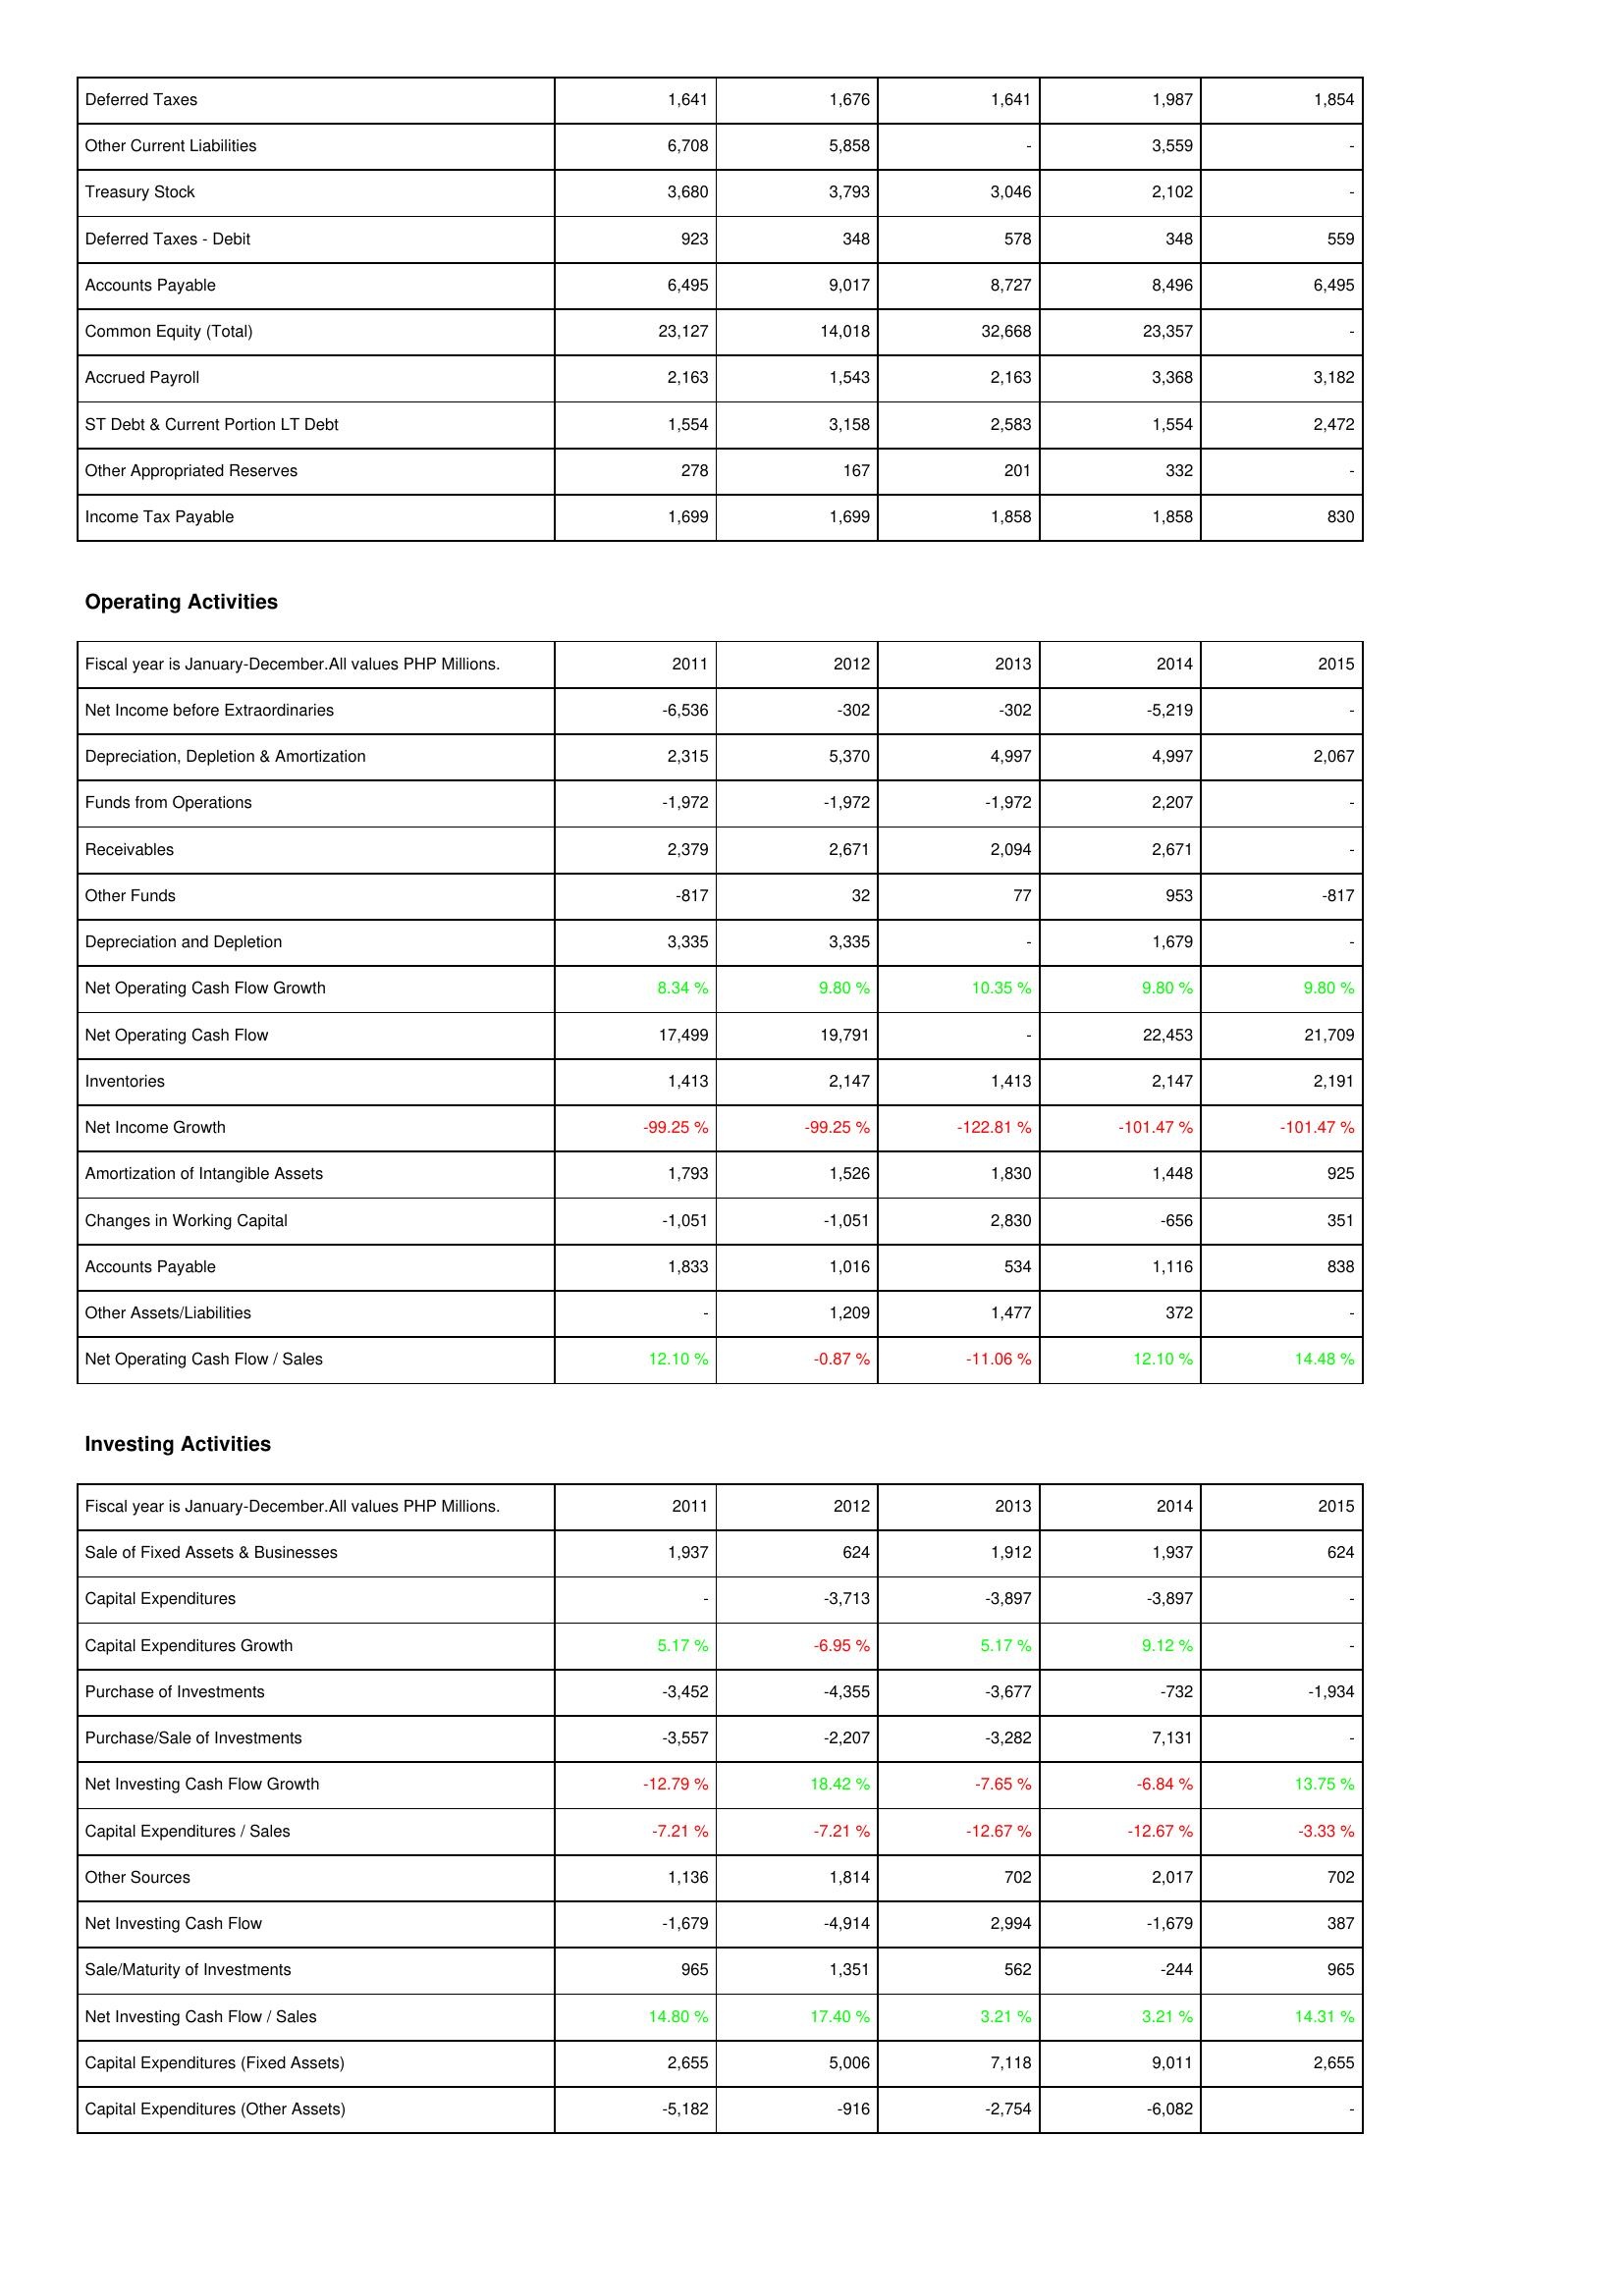
2011: Liabilities & Shareholders' Equity: Deferred Taxes: 1,641
Other Current Liabilities: 6,708
Treasury Stock: 3,680
Deferred Taxes - Debit: 923
Accounts Payable: 6,495
Common Equity (Total): 23,127
Accrued Payroll: 2,163
ST Debt & Current Portion LT Debt: 1,554
Other Appropriated Reserves: 278
Income Tax Payable: 1,699
Operating Activities: Net Income before Extraordinaries: -6,536
Depreciation, Depletion & Amortization: 2,315
Funds from Operations: -1,972
Receivables: 2,379
Other Funds: -817
Depreciation and Depletion: 3,335
Net Operating Cash Flow Growth: 8.34 %
Net Operating Cash Flow: 17,499
Inventories: 1,413
Net Income Growth: -99.25 %
Amortization of Intangible Assets: 1,793
Changes in Working Capital: -1,051
Accounts Payable: 1,833
Other Assets/Liabilities: -
Net Operating Cash Flow / Sales: 12.10 %
Investing Activities: Sale of Fixed Assets & Businesses: 1,937
Capital Expenditures: -
Capital Expenditures Growth: 5.17 %
Purchase of Investments: -3,452
Purchase/Sale of Investments: -3,557
Net Investing Cash Flow Growth: -12.79 %
Capital Expenditures / Sales: -7.21 %
Other Sources: 1,136
Net Investing Cash Flow: -1,679
Sale/Maturity of Investments: 965
Net Investing Cash Flow / Sales: 14.80 %
Capital Expenditures (Fixed Assets): 2,655
Capital Expenditures (Other Assets): -5,182
2012: Liabilities & Shareholders' Equity: Deferred Taxes: 1,676
Other Current Liabilities: 5,858
Treasury Stock: 3,793
Deferred Taxes - Debit: 348
Accounts Payable: 9,017
Common Equity (Total): 14,018
Accrued Payroll: 1,543
ST Debt & Current Portion LT Debt: 3,158
Other Appropriated Reserves: 167
Income Tax Payable: 1,699
Operating Activities: Net Income before Extraordinaries: -302
Depreciation, Depletion & Amortization: 5,370
Funds from Operations: -1,972
Receivables: 2,671
Other Funds: 32
Depreciation and Depletion: 3,335
Net Operating Cash Flow Growth: 9.80 %
Net Operating Cash Flow: 19,791
Inventories: 2,147
Net Income Growth: -99.25 %
Amortization of Intangible Assets: 1,526
Changes in Working Capital: -1,051
Accounts Payable: 1,016
Other Assets/Liabilities: 1,209
Net Operating Cash Flow / Sales: -0.87 %
Investing Activities: Sale of Fixed Assets & Businesses: 624
Capital Expenditures: -3,713
Capital Expenditures Growth: -6.95 %
Purchase of Investments: -4,355
Purchase/Sale of Investments: -2,207
Net Investing Cash Flow Growth: 18.42 %
Capital Expenditures / Sales: -7.21 %
Other Sources: 1,814
Net Investing Cash Flow: -4,914
Sale/Maturity of Investments: 1,351
Net Investing Cash Flow / Sales: 17.40 %
Capital Expenditures (Fixed Assets): 5,006
Capital Expenditures (Other Assets): -916
2013: Liabilities & Shareholders' Equity: Deferred Taxes: 1,641
Other Current Liabilities: -
Treasury Stock: 3,046
Deferred Taxes - Debit: 578
Accounts Payable: 8,727
Common Equity (Total): 32,668
Accrued Payroll: 2,163
ST Debt & Current Portion LT Debt: 2,583
Other Appropriated Reserves: 201
Income Tax Payable: 1,858
Operating Activities: Net Income before Extraordinaries: -302
Depreciation, Depletion & Amortization: 4,997
Funds from Operations: -1,972
Receivables: 2,094
Other Funds: 77
Depreciation and Depletion: -
Net Operating Cash Flow Growth: 10.35 %
Net Operating Cash Flow: -
Inventories: 1,413
Net Income Growth: -122.81 %
Amortization of Intangible Assets: 1,830
Changes in Working Capital: 2,830
Accounts Payable: 534
Other Assets/Liabilities: 1,477
Net Operating Cash Flow / Sales: -11.06 %
Investing Activities: Sale of Fixed Assets & Businesses: 1,912
Capital Expenditures: -3,897
Capital Expenditures Growth: 5.17 %
Purchase of Investments: -3,677
Purchase/Sale of Investments: -3,282
Net Investing Cash Flow Growth: -7.65 %
Capital Expenditures / Sales: -12.67 %
Other Sources: 702
Net Investing Cash Flow: 2,994
Sale/Maturity of Investments: 562
Net Investing Cash Flow / Sales: 3.21 %
Capital Expenditures (Fixed Assets): 7,118
Capital Expenditures (Other Assets): -2,754
2014: Liabilities & Shareholders' Equity: Deferred Taxes: 1,987
Other Current Liabilities: 3,559
Treasury Stock: 2,102
Deferred Taxes - Debit: 348
Accounts Payable: 8,496
Common Equity (Total): 23,357
Accrued Payroll: 3,368
ST Debt & Current Portion LT Debt: 1,554
Other Appropriated Reserves: 332
Income Tax Payable: 1,858
Operating Activities: Net Income before Extraordinaries: -5,219
Depreciation, Depletion & Amortization: 4,997
Funds from Operations: 2,207
Receivables: 2,671
Other Funds: 953
Depreciation and Depletion: 1,679
Net Operating Cash Flow Growth: 9.80 %
Net Operating Cash Flow: 22,453
Inventories: 2,147
Net Income Growth: -101.47 %
Amortization of Intangible Assets: 1,448
Changes in Working Capital: -656
Accounts Payable: 1,116
Other Assets/Liabilities: 372
Net Operating Cash Flow / Sales: 12.10 %
Investing Activities: Sale of Fixed Assets & Businesses: 1,937
Capital Expenditures: -3,897
Capital Expenditures Growth: 9.12 %
Purchase of Investments: -732
Purchase/Sale of Investments: 7,131
Net Investing Cash Flow Growth: -6.84 %
Capital Expenditures / Sales: -12.67 %
Other Sources: 2,017
Net Investing Cash Flow: -1,679
Sale/Maturity of Investments: -244
Net Investing Cash Flow / Sales: 3.21 %
Capital Expenditures (Fixed Assets): 9,011
Capital Expenditures (Other Assets): -6,082
2015: Liabilities & Shareholders' Equity: Deferred Taxes: 1,854
Other Current Liabilities: -
Treasury Stock: -
Deferred Taxes - Debit: 559
Accounts Payable: 6,495
Common Equity (Total): -
Accrued Payroll: 3,182
ST Debt & Current Portion LT Debt: 2,472
Other Appropriated Reserves: -
Income Tax Payable: 830
Operating Activities: Net Income before Extraordinaries: -
Depreciation, Depletion & Amortization: 2,067
Funds from Operations: -
Receivables: -
Other Funds: -817
Depreciation and Depletion: -
Net Operating Cash Flow Growth: 9.80 %
Net Operating Cash Flow: 21,709
Inventories: 2,191
Net Income Growth: -101.47 %
Amortization of Intangible Assets: 925
Changes in Working Capital: 351
Accounts Payable: 838
Other Assets/Liabilities: -
Net Operating Cash Flow / Sales: 14.48 %
Investing Activities: Sale of Fixed Assets & Businesses: 624
Capital Expenditures: -
Capital Expenditures Growth: -
Purchase of Investments: -1,934
Purchase/Sale of Investments: -
Net Investing Cash Flow Growth: 13.75 %
Capital Expenditures / Sales: -3.33 %
Other Sources: 702
Net Investing Cash Flow: 387
Sale/Maturity of Investments: 965
Net Investing Cash Flow / Sales: 14.31 %
Capital Expenditures (Fixed Assets): 2,655
Capital Expenditures (Other Assets): -